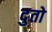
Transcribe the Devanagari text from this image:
दुतो